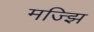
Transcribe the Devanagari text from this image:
मज्झि